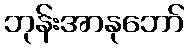
ဘုန်းအာနုဘော်